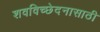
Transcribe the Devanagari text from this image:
शवविच्छेदनासाठी